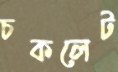
চকলেট